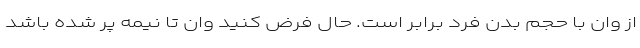
از وان با حجم بدن فرد برابر است. حال فرض کنید وان تا نیمه پر شده باشد